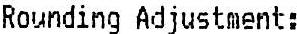
ROUNDING ADJUSTMENT: